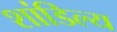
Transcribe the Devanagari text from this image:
शांडिल्‍य